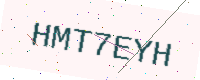
Text: HMT7EYH